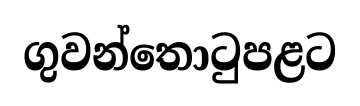
ගුවන්තොටුපළට